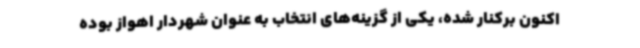
اکنون برکنار شده، یکی از گزینه‌های انتخاب به عنوان شهردار اهواز بوده